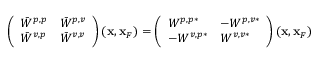
\begin{array} { r } { \left( \begin{array} { l l } { \bar { W } ^ { p , p } } & { \bar { W } ^ { p , v } } \\ { \bar { W } ^ { v , p } } & { \bar { W } ^ { v , v } } \end{array} \right) ( { \bf x } , { \bf x } _ { F } ) = \left( \begin{array} { l l } { W ^ { p , p * } } & { - W ^ { p , v * } } \\ { - W ^ { v , p * } } & { W ^ { v , v * } } \end{array} \right) ( { \bf x } , { \bf x } _ { F } ) } \end{array}